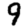
Digit: 9